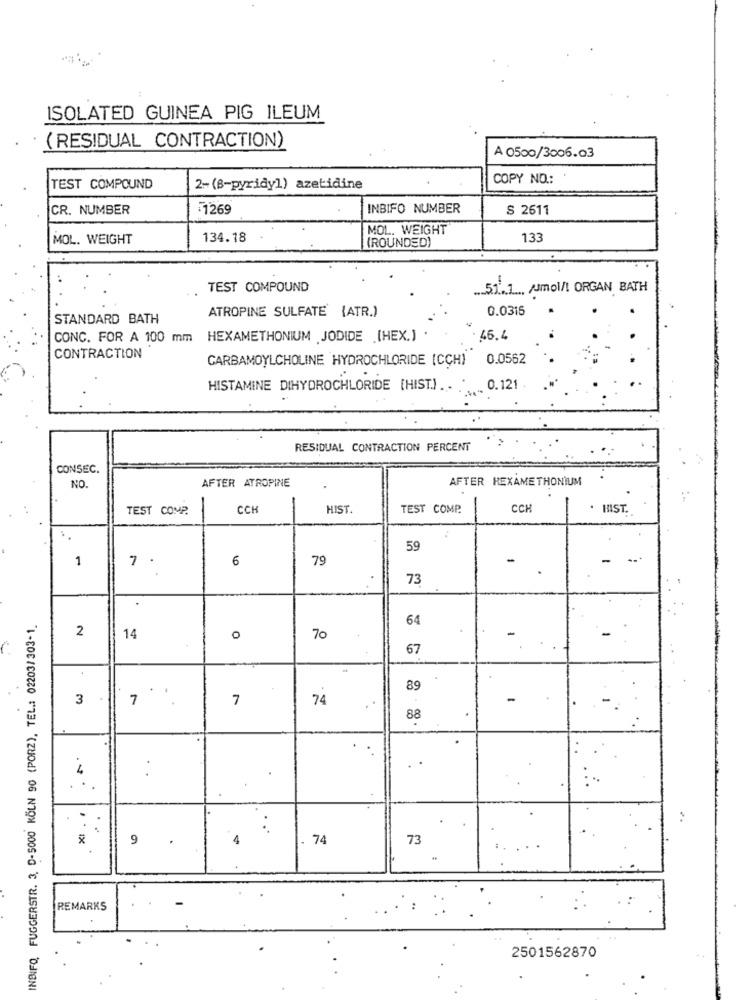
ISOLATED GUINEA PIG ILEUM
( RESIDUAL CONTRACTION)
A 0500/3006.03
COPY NO .:
TEST COMPOUND
2-(8-pyridy1) azetidine
CR. NUMBER
:1269
INBIFO NUMBER
S 2611
MOL. WEIGHT
MOL. WEIGHT
134.18
(ROUNDED)
133
TEST COMPOUND
57.1 /Jmol/l ORGAN BATH
ATROPINE SULFATE (ATR.)
0.0315
STANDARD BATH
CONC. FOR A 100 mm HEXAMETHONIUM JODIDE .[HEX.)
46.4
CONTRACTION
CARBAMOYLCHOLINE HYDROCHLORIDE (CCH)
0.0562
HISTAMINE DIHYDROCHLORIDE [HIST.) .. ..
.. 0.121 .
RESIDUAL CONTRACTION PERCENT
CONSEC.
AFTER ATROPINE
AFTER REXAMETHONIUM
NO.
TEST COMP.
CCI
HIST.
TEST COMP.
CCH
HIST.
59
1
6
79
7.
.
73
INBIFO, FUGGERSTR. 3. D-5000 KÖLN 90 (PORZ), TEL .: 02203/303-1.
64
2
14
0
70
67
89
3
7
7
74
-
..
88
4
..
. .
.
. ..
9
4
. 74
73
-
REMARKS
2501562870